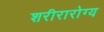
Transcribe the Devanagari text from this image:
शरीरारोग्य